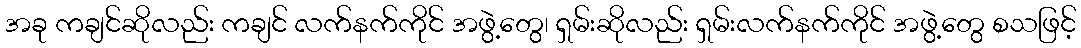
အခု ကချင်ဆိုလည်း ကချင် လက်နက်ကိုင် အဖွဲ့တွေ၊ ရှမ်းဆိုလည်း ရှမ်းလက်နက်ကိုင် အဖွဲ့တွေ စသဖြင့်